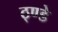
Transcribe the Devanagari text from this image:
ठ्ण्डे